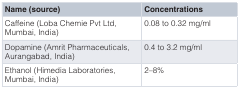
| Name (source) | Concentrations |
 | --- | --- |
 | Caffeine (Loba Chemie Pvt Ltd,Mumbai, India) | 0.08 to 0.32 mg/ml |
 | Dopamine (Amrit Pharmaceuticals,Aurangabad, India) | 0.4 to 3.2 mg/ml |
 | Ethanol (Himedia Laboratories,Mumbai, India) | 2–8% |